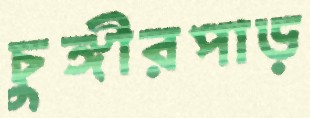
চুঙ্গীরপাড়